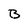
Character: B